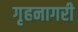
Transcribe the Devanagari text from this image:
गृहनागरी